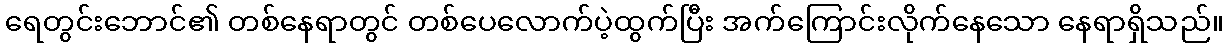
ရေတွင်းဘောင်၏ တစ်နေရာတွင် တစ်ပေလောက်ပဲ့ထွက်ပြီး အက်ကြောင်းလိုက်နေသော နေရာရှိသည်။